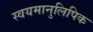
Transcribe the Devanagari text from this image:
स्वयमानुलिपिक